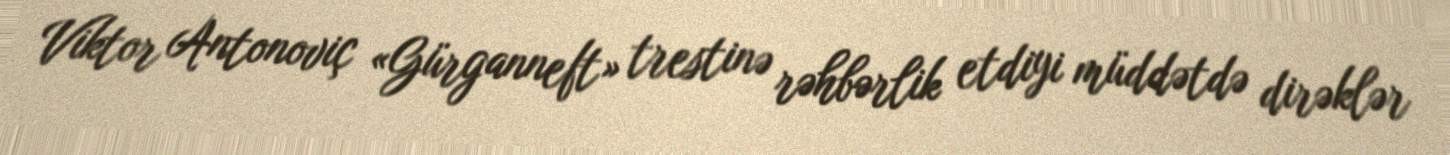
Viktor Antonoviç «Gürganneft» trestinə rəhbərlik etdiyi müddətdə dirəklər